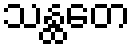
သန္ထတေ